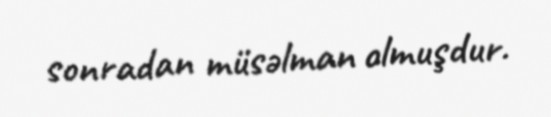
sonradan müsəlman olmuşdur.